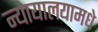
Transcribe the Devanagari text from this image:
न्यायालयामधे